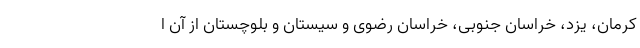
کرمان، یزد، خراسان جنوبی، خراسان رضوی و سیستان و بلوچستان از آن ا